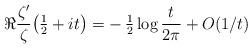
LaTeX: \begin{align*}\Re \frac{\zeta'}{\zeta}\big({\textstyle\frac12}+it\big) = -\,{\textstyle\frac12}\log\frac{t}{2\pi} +O(1/t)\end{align*}